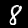
Digit: 8